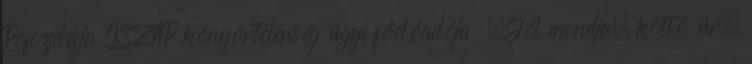
Pofozdája ISZAP könyörtelenség ügyi főelőadója „Jól mondja, költő úr,